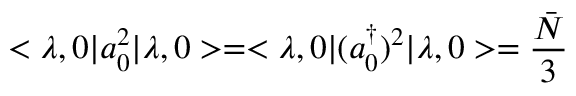
< \lambda , 0 | a _ { 0 } ^ { 2 } | \lambda , 0 > = < \lambda , 0 | ( a _ { 0 } ^ { \dagger } ) ^ { 2 } | \lambda , 0 > = \frac { { \bar { N } } } { 3 }